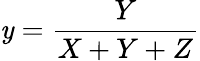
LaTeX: \mathit{y}={\frac{{Y}}{{X+Y+Z}}}